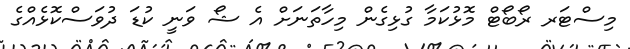
މިސްޓަރ ރޯބޯޓް މޮޅުކަމާ ގުޅިގެން މިހާތަނަށް އެ ޝޯ ވަނީ ކުޑަ ދުވަސްކޮޅެއްގެ